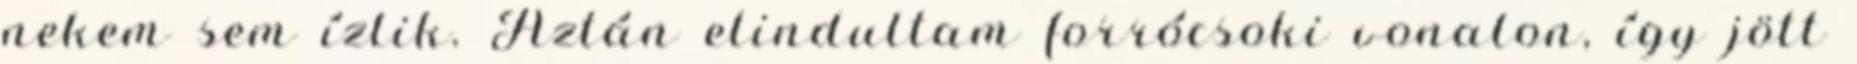
nekem sem ízlik. Aztán elindultam forrócsoki vonalon, így jött